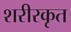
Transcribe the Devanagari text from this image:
शरीरकृत